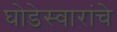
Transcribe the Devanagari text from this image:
घोडेस्वारांचे